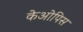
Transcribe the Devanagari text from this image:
केओपिस